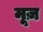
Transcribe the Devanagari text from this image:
मूज़